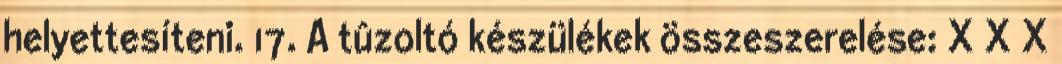
helyettesíteni. 17. A tûzoltó készülékek összeszerelése: X X X